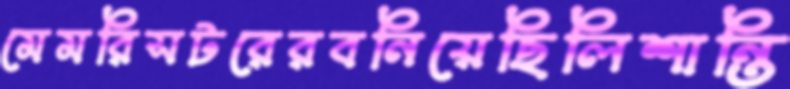
মেমরিসটরেরবনিয়েছিলিশান্তি